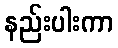
နည်းပါးကာ